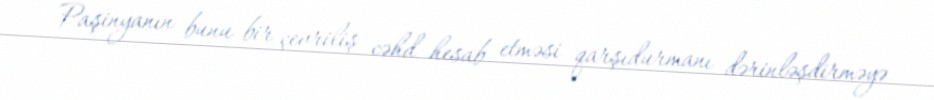
Paşinyanın bunu bir çevriliş cəhd hesab etməsi qarşıdurmanı dərinləşdirməyə